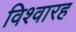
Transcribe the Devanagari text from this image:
विश्वारह